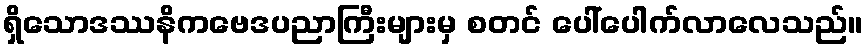
ရှိသောဒဿနိကဗေဒပညာကြီးများမှ စတင် ပေါ်ပေါက်လာလေသည်။